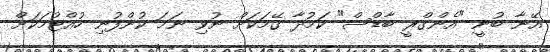
އޭނާ ބުނީ "އެންގްރީ ބާޑްސް" ކަމުދާ ގޭމަކަށް ނުވި ނަމަ ކުންފުނި ހުއްޓުމަކަށް